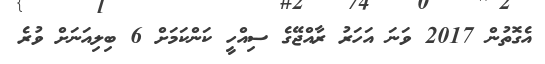
އެގޮތުން 2017 ވަނަ އަހަރު ރާއްޖޭގެ ސިއްހީ ކަންކަމަށް 6 ބިލިއަނަށް ވުރެ